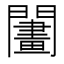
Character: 𨶬